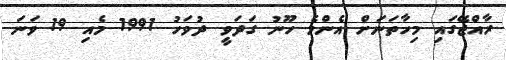
ރާއްޖޭގައި މިހާތަނަށް އެންމެ ހޫނު ގަދަވީ ދުވަހު 1991 މެއި 19 ވަނަ